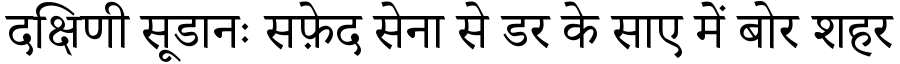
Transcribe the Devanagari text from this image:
दक्षिणी सूडानः सफ़ेद सेना से डर के साए में बोर शहर